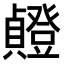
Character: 𫧸